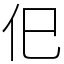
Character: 㐶